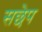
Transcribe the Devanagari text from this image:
सछेप